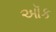
ઑક